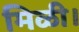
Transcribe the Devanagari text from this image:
मिळी।